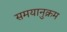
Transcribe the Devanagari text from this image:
समयानुक्रम